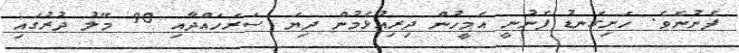
ފެނުނެވެ. ހަށިގަނޑު ފެނުނީ އެމީހުން ދިރިއުޅެމުން ދިޔަ ސަރަހައްދާއި 90 މޭލު ދުރުގައި